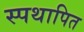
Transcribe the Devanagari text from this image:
स्पथापित